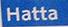
hatta